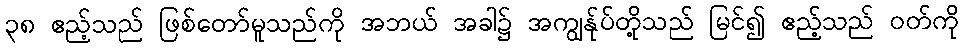
၃၈ ဧည့်သည် ဖြစ်တော်မူသည်ကို အဘယ် အခါ၌ အကျွန်ုပ်တို့သည် မြင်၍ ဧည့်သည် ဝတ်ကို